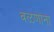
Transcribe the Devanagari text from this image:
वळणांना